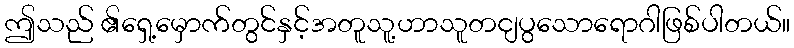
ဤသည် ၏ရှေ့မှောက်တွင်နှင့်အတူသူ့ဟာသူတငျပွသောရောဂါဖြစ်ပါတယ်။